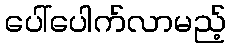
ပေါ်ပေါက်လာမည့်